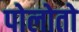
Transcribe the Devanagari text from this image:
पोलोतो